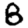
Digit: 8